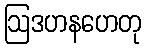
ဩဒဟနဟေတု